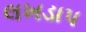
લખડાપ